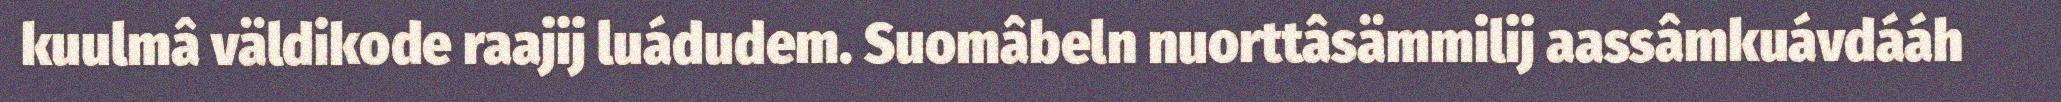
kuulmâ väldikode raajij luádudem. Suomâbeln nuorttâsämmilij aassâmkuávdááh